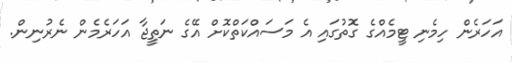
އަހަރެން ހިމެނި ޓީމެއްގެ ގޮތުގައި އެ މަސައްކަތްކޮށް އޭގެ ނަތީޖާ އަހަރެމެން ނެރުނިން.